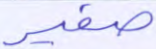
صفير